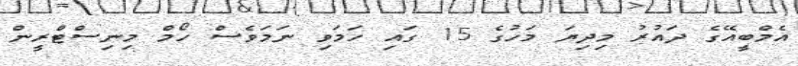
އެމްބީއޭގެ ދައުރު މިދިޔަ މަހުގެ 15 ގައި ހަމަވި ނަމަވެސް ހޯމް މިނިސްޓްރީން